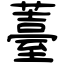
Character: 薹